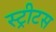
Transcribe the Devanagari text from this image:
स्ट्रीटस